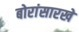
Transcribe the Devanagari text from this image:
बोरांसारखे